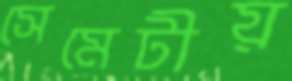
সেমেটীয়